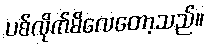
ပစ်လိုက်မိလေတော့သည်။